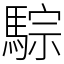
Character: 騌